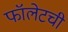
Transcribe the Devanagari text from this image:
फॉलेटची